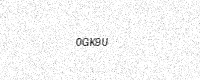
Text: 0GK9U